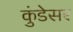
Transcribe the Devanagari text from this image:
कुंडेसर